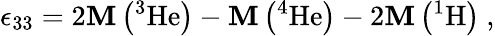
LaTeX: \epsilon_{33}=2\mathbf{M}\left(\mathrm{{^3He}}\right)-\mathbf{M}\left(\mathrm{{^4He}}\right)-2\mathbf{M}\left(\mathrm{{^1H}}\right)~,